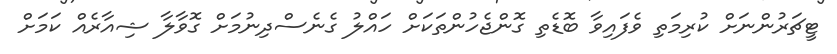
ޓީޗަރުންނަށް ކުރިމަތި ވެފައިވާ ބޮޑެތި ގޮންޖެހުންތަކަށް ހައްލު ގެނެސްދިނުމަށް ގޮވާލާ ޝިއާރެއް ކަމަށް